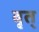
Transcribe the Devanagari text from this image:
वृत्